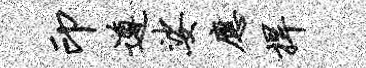
印遵娑应捍